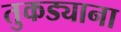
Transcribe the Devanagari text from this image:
तुकड्याना